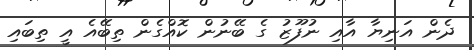
ދެން އަނިޔާ އާއި ނުފޫޒު ގެ ބޭނުން ކޮއްގެން ތިބޭއެ އީ ތިބައި